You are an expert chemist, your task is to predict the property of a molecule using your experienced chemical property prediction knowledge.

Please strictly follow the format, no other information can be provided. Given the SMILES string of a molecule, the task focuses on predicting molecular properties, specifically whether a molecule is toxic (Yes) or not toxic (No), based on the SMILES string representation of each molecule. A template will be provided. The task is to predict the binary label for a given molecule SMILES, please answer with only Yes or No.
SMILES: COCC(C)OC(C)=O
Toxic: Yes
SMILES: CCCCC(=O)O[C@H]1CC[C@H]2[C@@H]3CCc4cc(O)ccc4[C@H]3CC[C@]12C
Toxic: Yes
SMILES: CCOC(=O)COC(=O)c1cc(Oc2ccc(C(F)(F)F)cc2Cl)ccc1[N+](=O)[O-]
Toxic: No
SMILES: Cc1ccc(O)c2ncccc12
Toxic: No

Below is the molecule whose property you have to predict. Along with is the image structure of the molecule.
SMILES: C=C(C)CCC[C@H](C)CCO
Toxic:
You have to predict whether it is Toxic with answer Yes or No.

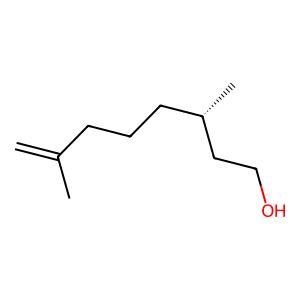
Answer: No